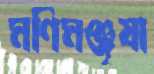
মণিমঞ্জূষা